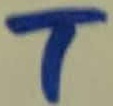
Text: T